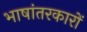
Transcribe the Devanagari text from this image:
भाषांतरकारों